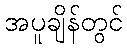
အပူချိန်တွင်